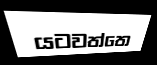
යටවත්තෙ